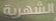
الشهرية